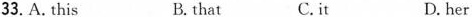
33. A. this B.that C.it D. her